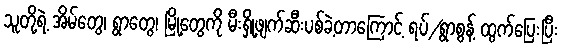
သူတို့ရဲ့ အိမ်တွေ၊ ရွာတွေ၊ မြို့တွေကို မီးရှို့ဖျက်ဆီးပစ်ခဲ့တာကြောင့် ရပ်/ရွာစွန့် ထွက်ပြေးပြီး